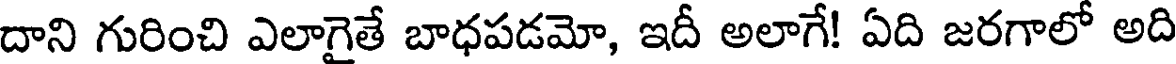
దాని గురించి ఎలాగైతే బాధపడమో, ఇదీ అలాగే! ఏది జరగాలో అది